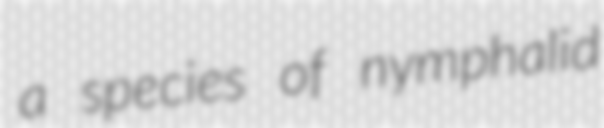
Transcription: a species of nymphalid